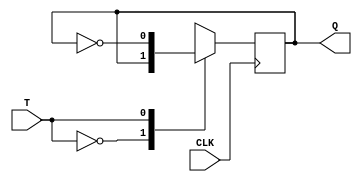
`timescale 1ns / 1ps
//////////////////////////////////////////////////////////////////////////////////
// Company: 
// Engineer: 
// 
// Design Name: 
// Module Name: T_as_SR_JK_D
// Project Name: 
// Target Devices: 
// Tool Versions: 
// Description: 
// 
// Dependencies: 
// 
// Revision:
// Revision 0.01 - File Created
// Additional Comments:
// 
//////////////////////////////////////////////////////////////////////////////////

module TFF(Q,T,CLK);
input T,CLK;
output reg Q;
always @(posedge CLK)
case(T)
1'b0: Q = Q;
1'b1: Q = ~Q;
//default Q = 1'bX;
endcase
initial Q = 1'b0;
endmodule

module T_as_SR_JK_D(DQ,SRQ,JKQ,D,S,R,J,K,CLK);
input D,S,R,J,K,CLK;
output DQ,SRQ,JKQ;
TFF srff (.Q(SRQ),.T((R&SRQ)|(S&(~SRQ))),.CLK(CLK));
TFF jkff (.Q(JKQ),.T((J&(~JKQ))|(K&JKQ)),.CLK(CLK));
TFF dff (.Q(DQ),.T(D^DQ),.CLK(CLK));
endmodule